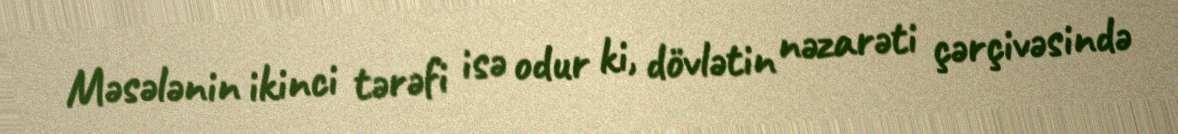
Məsələnin ikinci tərəfi isə odur ki, dövlətin nəzarəti çərçivəsində